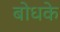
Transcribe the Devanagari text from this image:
बोधके